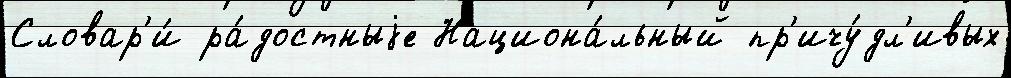
Словар'и́ ра́достныjе Национа́льный пр'ичу́дл'ивых